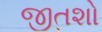
જીતશો